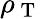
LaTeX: \rho_{\mathrm{~T~}}